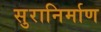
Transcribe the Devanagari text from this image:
सुरानिर्माण